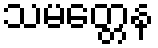
သမတ္တေန